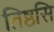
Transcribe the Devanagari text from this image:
तिष्ठसि